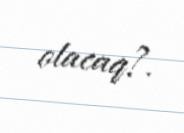
olacaq?.